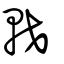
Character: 䡈